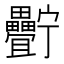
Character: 𤴍